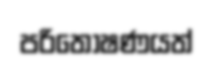
පරිතෝෂණයත්